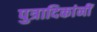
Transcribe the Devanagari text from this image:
पुत्रादिकांनीं